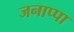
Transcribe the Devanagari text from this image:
जनाप्पा